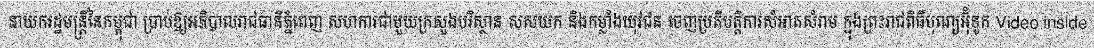
នាយករដ្ឋមន្ត្រីនៃកម្ពុជា ប្រាប់ឱ្យអភិបាលរាជធានីភ្នំពេញ សហការជាមួយក្រសួងបរិស្ថាន សសយក និងកម្លាំងយុវជន ចេញប្រតិបត្តិការសំអាតសំរាម ក្នុងព្រះរាជពិធីបុណ្យអ៊ុំទូក Video inside